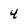
Character: 4